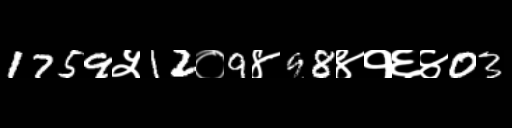
Text: 1759५12०9४98४१६४03